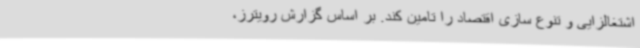
اشتغالزایی و تنوع سازی اقتصاد را تامین کند. بر اساس گزارش رویترز،